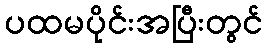
ပထမပိုင်းအပြီးတွင်